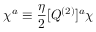
\chi ^ { a } \equiv { \frac { \eta } { 2 } } [ Q ^ { ( 2 ) } ] ^ { a } \chi